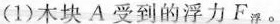
(1)木块A受到的浮力F。